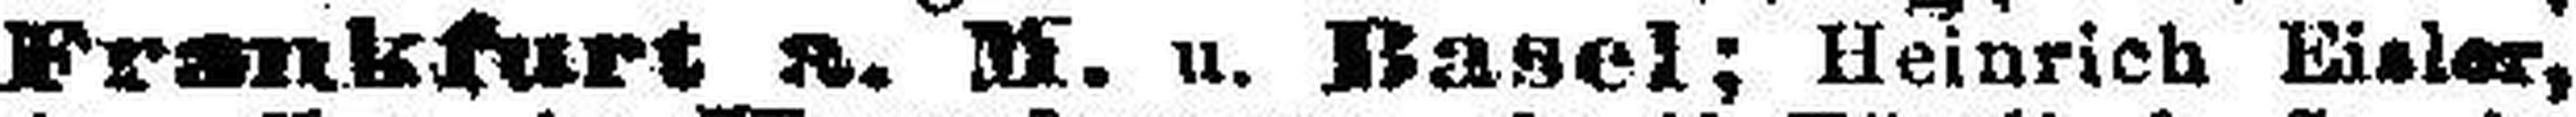
Frankfurt a. M. u. Basel; Heinrich Eisler,